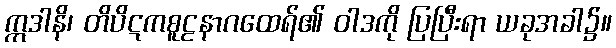
ဣဒါနိ၊ တိပိဋကစူဠနာဂထေရ်၏ ဝါဒကို ပြပြီးရာ ယခုအခါ၌။